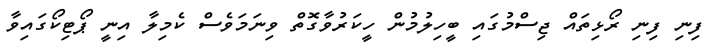
ފިނި ފިނި ރޯޅިތައް ޖިސްމުގައި ބީހިލުމުން ހީކަރުވާގޮތް ވިނަމަވެސް ކެމިލާ އިނީ ޕޯޓިކޯގައިވާ